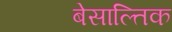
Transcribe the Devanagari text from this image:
बेसाल्तिक